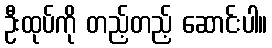
ဦးထုပ်ကို တည့်တည့် ဆောင်းပါ။